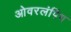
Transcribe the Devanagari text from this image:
ओवरलंपिंग